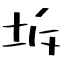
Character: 坼